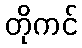
တိုကင်